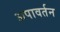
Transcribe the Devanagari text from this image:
अपावर्तन